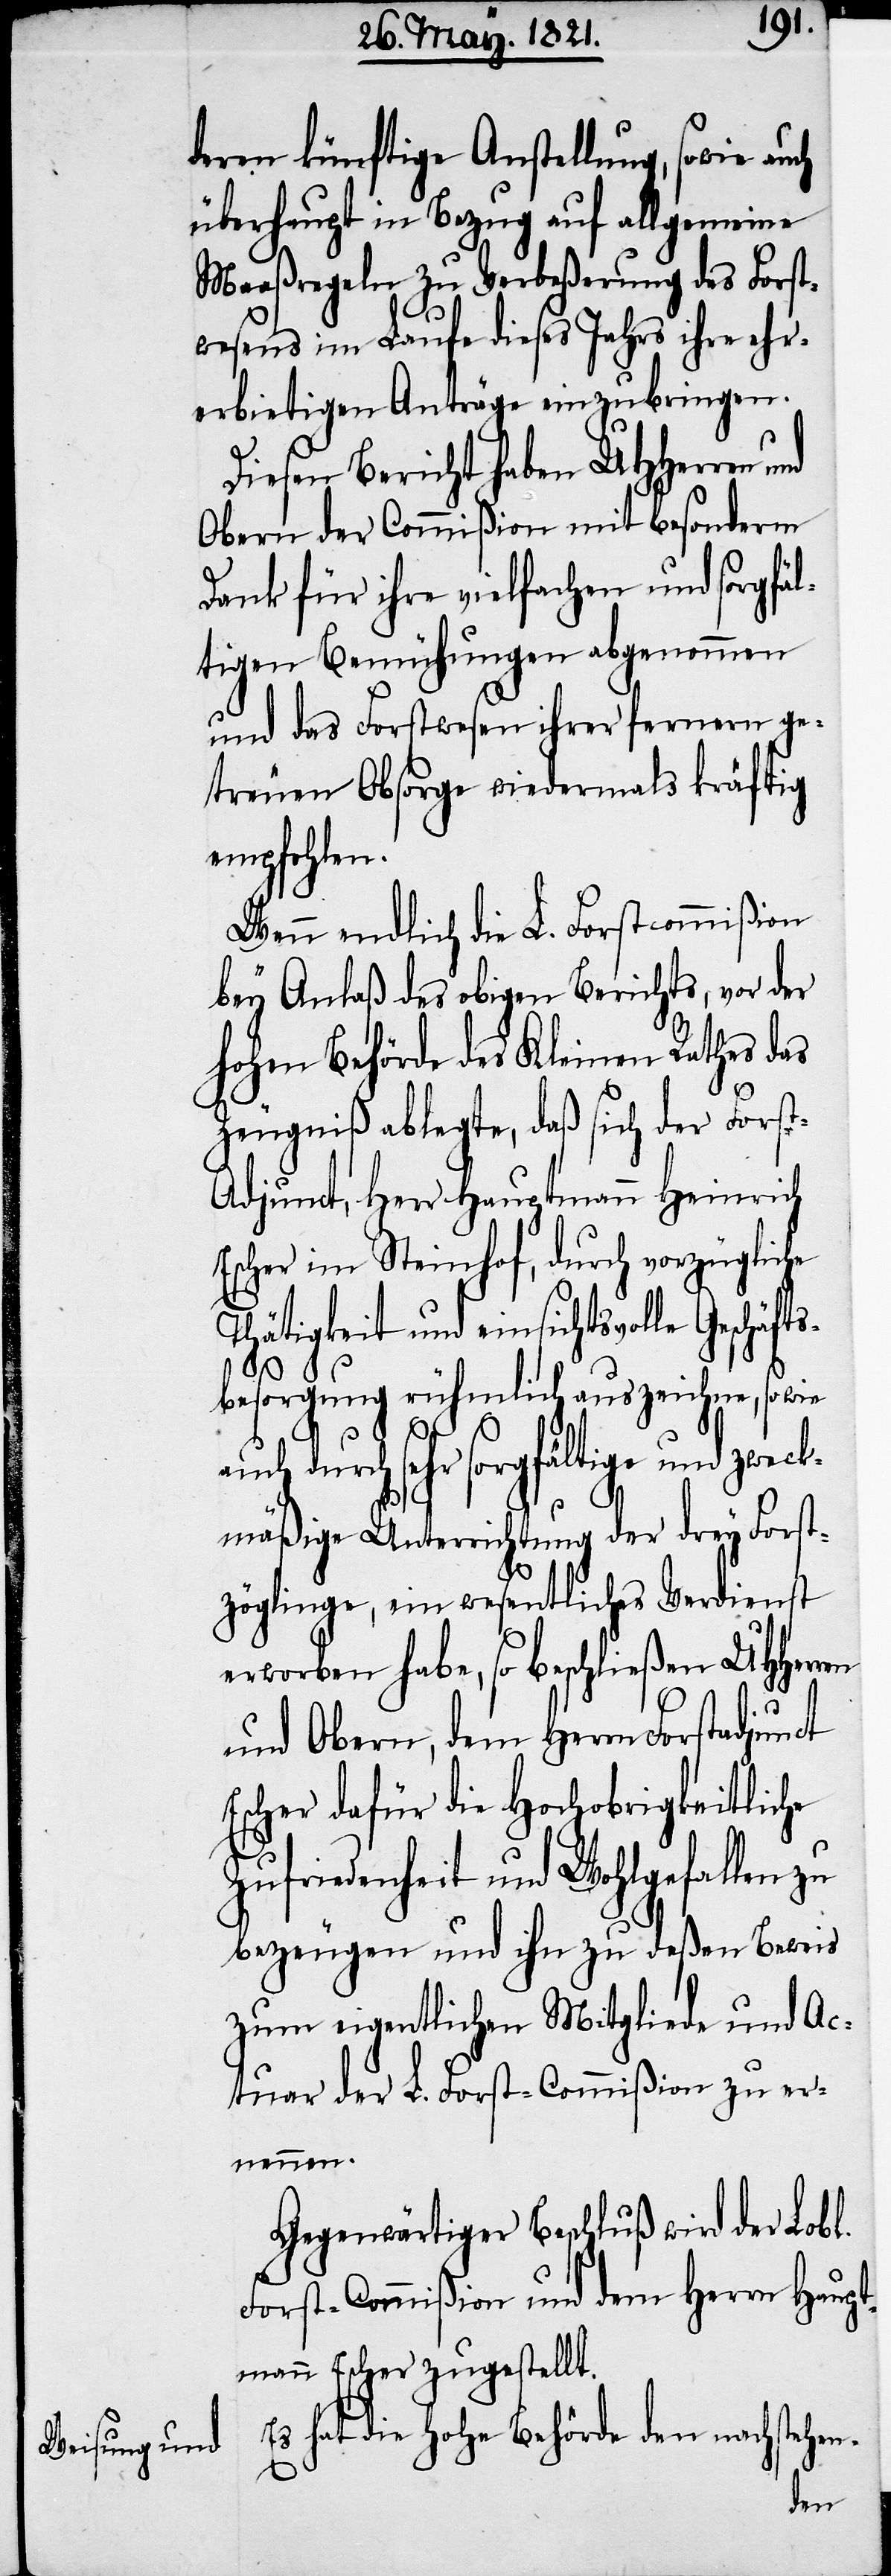
deren künftige Anstellung, sowie auch
überhaupt in Bezug auf allgemeine
Maaßregeln zu Verbeßerung des Forst¬
wesens im Laufe dieses Jahres ihre ehr¬
erbietigen Anträge einzubringen.
Diesen Bericht haben UHHerren
Obern der Commißion mit besonderm
Dank für ihre vielfachen und sorgfäl¬
tigen Bemühungen abgenommen
und das Forstwesen ihrer fernern ge¬
treuen Obsorge wiedermals kräftig
empfohlen.
Wenn endlich die L. Forstcommißion
bey Anlaß des obigen Berichts, vor der
hohen Behörde des Kleinen Rathes das
Zeugniß ablegte, daß sich der Fors¬
t-Adjunct, Herr Hauptmann Heinrich
Escher im Steinhof, durch vorzügliche
Thätigkeit und einsichtsvolle Geschäfts¬
besorgung rühmlich auszeichne, sowie
sehr sorgfältige und zwe¬
ckmäßige Unterrichtung der drey Forst¬
zöglinge, ein wesentliches Verdienst
erworben habe, so beschließen UHHerr¬
und Obern, dem Herrn Forstadjunct
Escher dafür die Hochobrigkeitliche
Zufriedenheit und Wohlgefallen zu
bezeugen und ihn zu deßen Beweis
zum eigentlichen Mitgliede und Ac¬
tuar der L. Forst-Commißion zu er¬
nennen.
Gegenwärtiger Beschluß wird der Lobl.
Forst-Commißion und dem Herrn Haupt¬
mann Escher zugestellt.
Es hat die Hohe Behörde den nachstehen-
en